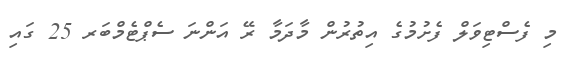
މި ފެސްޓިވަލް ފެށުމުގެ އިތުރުން މާދަމާ ރޭ އަންނަ ސެޕްޓެމްބަރ 25 ގައި